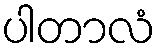
ပါတာလံ